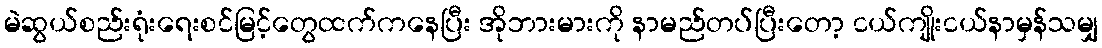
မဲဆွယ်စည်းရုံးရေးစင်မြင့်တွေထက်ကနေပြီး အိုဘားမားကို နာမည်တပ်ပြီးတော့ ငယ်ကျိုးငယ်နာမှန်သမျှ